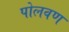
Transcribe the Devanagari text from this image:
पोलवण